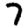
Digit: 7